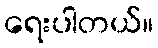
ရေးပါတယ်။